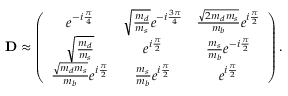
{ \bf D } \approx \left( \begin{array} { c c c } { { e ^ { - i \frac { \pi } { 4 } } } } & { { \sqrt { \frac { m _ { d } } { m _ { s } } } e ^ { - i \frac { 3 \pi } { 4 } } } } & { { \frac { \sqrt { 2 m _ { d } m _ { s } } } { m _ { b } } e ^ { i \frac { \pi } { 2 } } \nonumber } } \\ { { \sqrt { \frac { m _ { d } } { m _ { s } } } } } & { { e ^ { i \frac { \pi } { 2 } } } } & { { \frac { m _ { s } } { m _ { b } } e ^ { - i \frac { \pi } { 2 } } \nonumber } } \\ { { \frac { \sqrt { m _ { d } m _ { s } } } { m _ { b } } e ^ { i \frac { \pi } { 2 } } } } & { { \frac { m _ { s } } { m _ { b } } e ^ { i \frac { \pi } { 2 } } } } & { { e ^ { i \frac { \pi } { 2 } } } } \end{array} \right) .